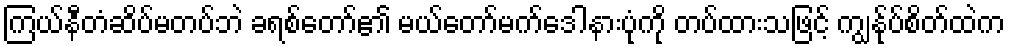
ကြယ်နီတံဆိပ်မတပ်ဘဲ ခရစ်တော်၏ မယ်တော်မက်ဒေါနားပုံကို တပ်ထားသဖြင့် ကျွန်ုပ်စိတ်ထဲက